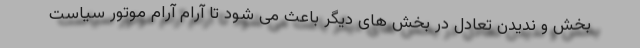
بخش و ندیدن تعادل در بخش های دیگر باعث می شود تا آرام آرام موتور سیاست